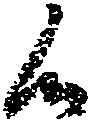
候